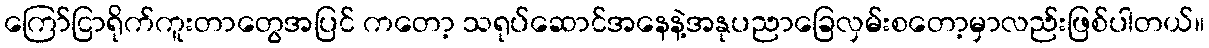
ကြော်ငြာရိုက်ကူးတာတွေအပြင် ကတော့ သရုပ်ဆောင်အနေနဲ့အနုပညာခြေလှမ်းစတော့မှာလည်းဖြစ်ပါတယ်။